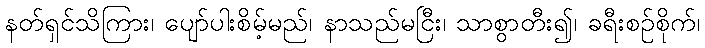
နတ်ရှင်သိကြား၊ ပျော်ပါးစိမ့်မည်၊ နာသည်မငြီး၊ သာစွာတီး၍၊ ခရီးစဉ်စိုက်၊